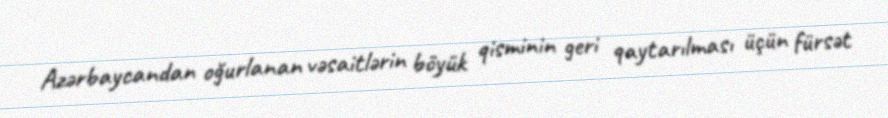
Azərbaycandan oğurlanan vəsaitlərin böyük qisminin geri qaytarılması üçün fürsət